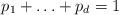
LaTeX: \begin{align*}p_1+\ldots+p_d=1\end{align*}